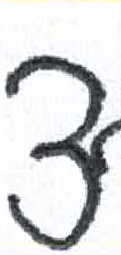
אות: צ